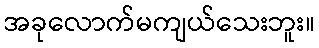
အခုလောက်မကျယ်သေးဘူး။